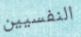
النفسيين